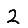
Digit: 2